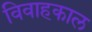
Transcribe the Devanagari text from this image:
विवाहकाल